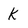
Character: K